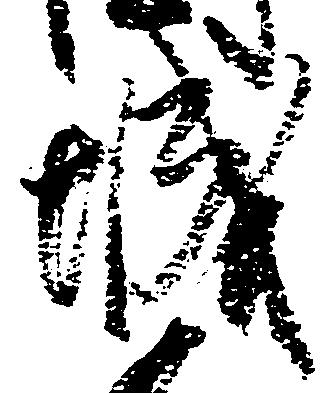
城